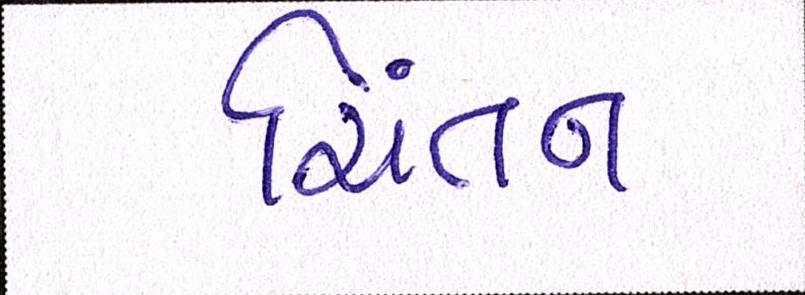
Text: ચિંતન